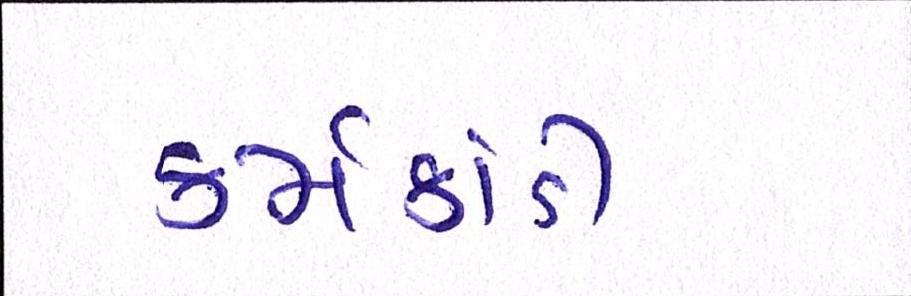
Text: કર્મકાંડી